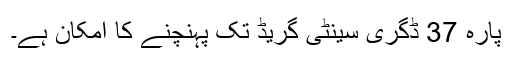
پارہ 37 ڈگری سینٹی گریڈ تک پہنچنے کا امکان ہے۔